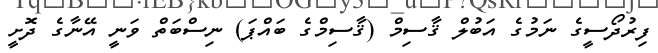
ފިރުދޯސީގެ ނަމުގެ އަބުލް ޤާސިމް (ޤާސިމްގެ ބައްޕަ) ނިސްބަތް ވަނީ އޭނާގެ ދޮށީ